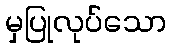
မှပြုလုပ်သော